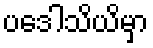
ပဒေါသိယိမှာ